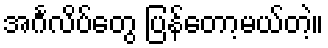
အင်္ဂလိပ်တွေ ပြန်တော့မယ်တဲ့။